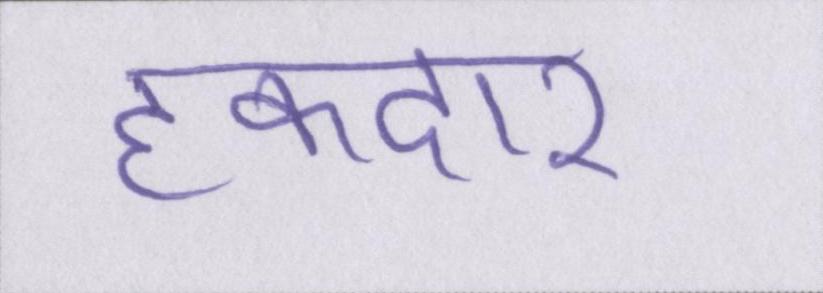
हकदार